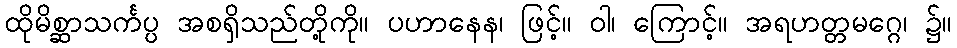
ထိုမိစ္ဆာသင်္ကပ္ပ အစရှိသည်တို့ကို။ ပဟာနေန၊ ဖြင့်။ ဝါ၊ ကြောင့်။ အရဟတ္တမဂ္ဂေ၊ ၌။